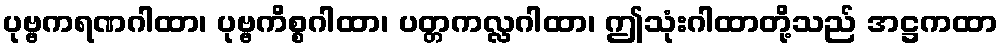
ပုဗ္ဗကရဏဂါထာ၊ ပုဗ္ဗကိစ္စဂါထာ၊ ပတ္တကလ္လဂါထာ၊ ဤသုံးဂါထာတို့သည် အဋ္ဌကထာ